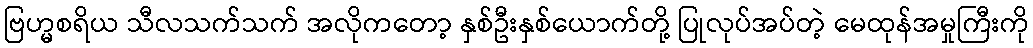
ဗြဟ္မစရိယ သီလသက်သက် အလိုကတော့ နှစ်ဦးနှစ်ယောက်တို့ ပြုလုပ်အပ်တဲ့ မေထုန်အမှုကြီးကို